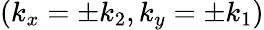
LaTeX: (k_{x}=\pm k_{2},k_{y}=\pm k_{1})